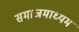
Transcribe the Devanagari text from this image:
समाजमाध्यम